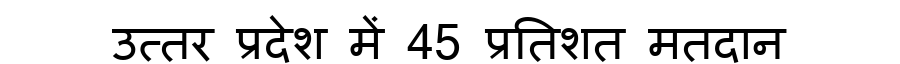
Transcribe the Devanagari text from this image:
उत्तर प्रदेश में 45 प्रतिशत मतदान